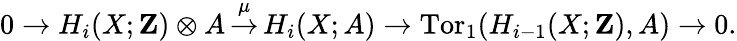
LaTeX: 0\to H_{i}(X;\mathbf{Z})\otimes A\, {\overset{\mu}{\to}}\, H_{i}(X;A)\to\operatorname{Tor}_{1}(H_{i-1}(X;\mathbf{Z}),A)\to 0.